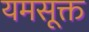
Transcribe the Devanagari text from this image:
यमसूक्त